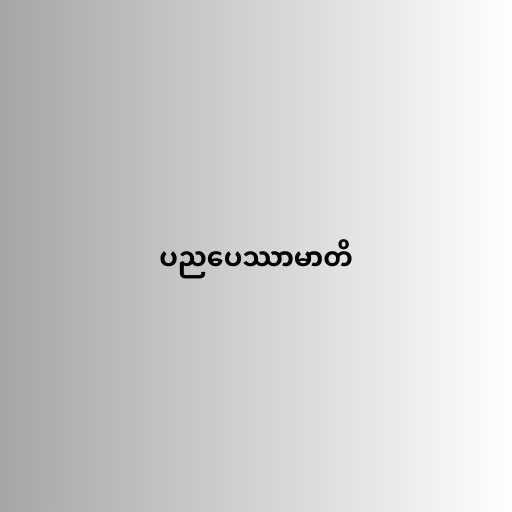
ပညပေဿာမာတိ